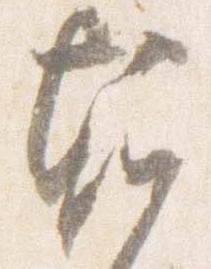
堀